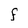
Character: f